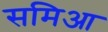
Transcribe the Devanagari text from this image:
समिआ